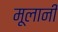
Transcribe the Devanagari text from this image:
मूलानी